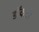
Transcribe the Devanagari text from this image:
डॉकर्टी